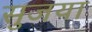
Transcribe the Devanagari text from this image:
सुजया